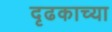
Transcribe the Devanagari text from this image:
दृढकाच्या